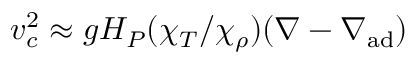
v _ { c } ^ { 2 } \approx g H _ { P } ( \chi _ { T } / \chi _ { \rho } ) ( \nabla - \nabla _ { \mathrm { a d } } )